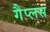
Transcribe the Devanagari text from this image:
गैप्लस